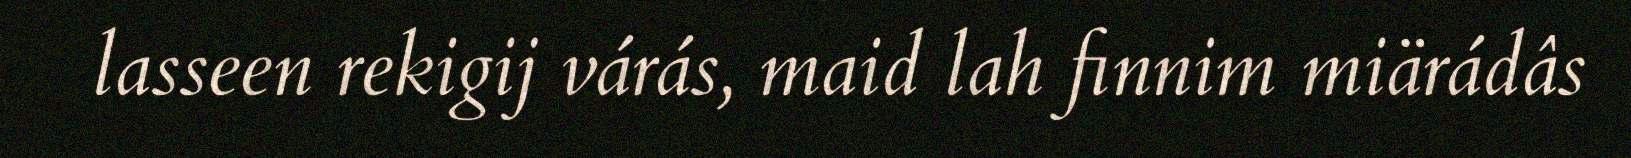
lasseen rekigij várás, maid lah finnim miärádâs